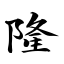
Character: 隆